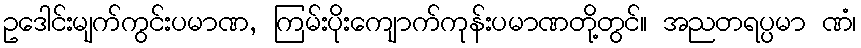
ဥဒေါင်းမျက်ကွင်းပမာဏ, ကြမ်းပိုးကျောက်ကုန်းပမာဏတို့တွင်။ အညတရပ္ပမာ ဏံ၊